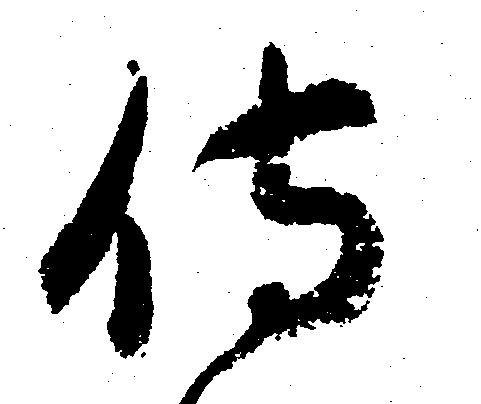
侍